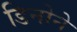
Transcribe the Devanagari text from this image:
डिनोने